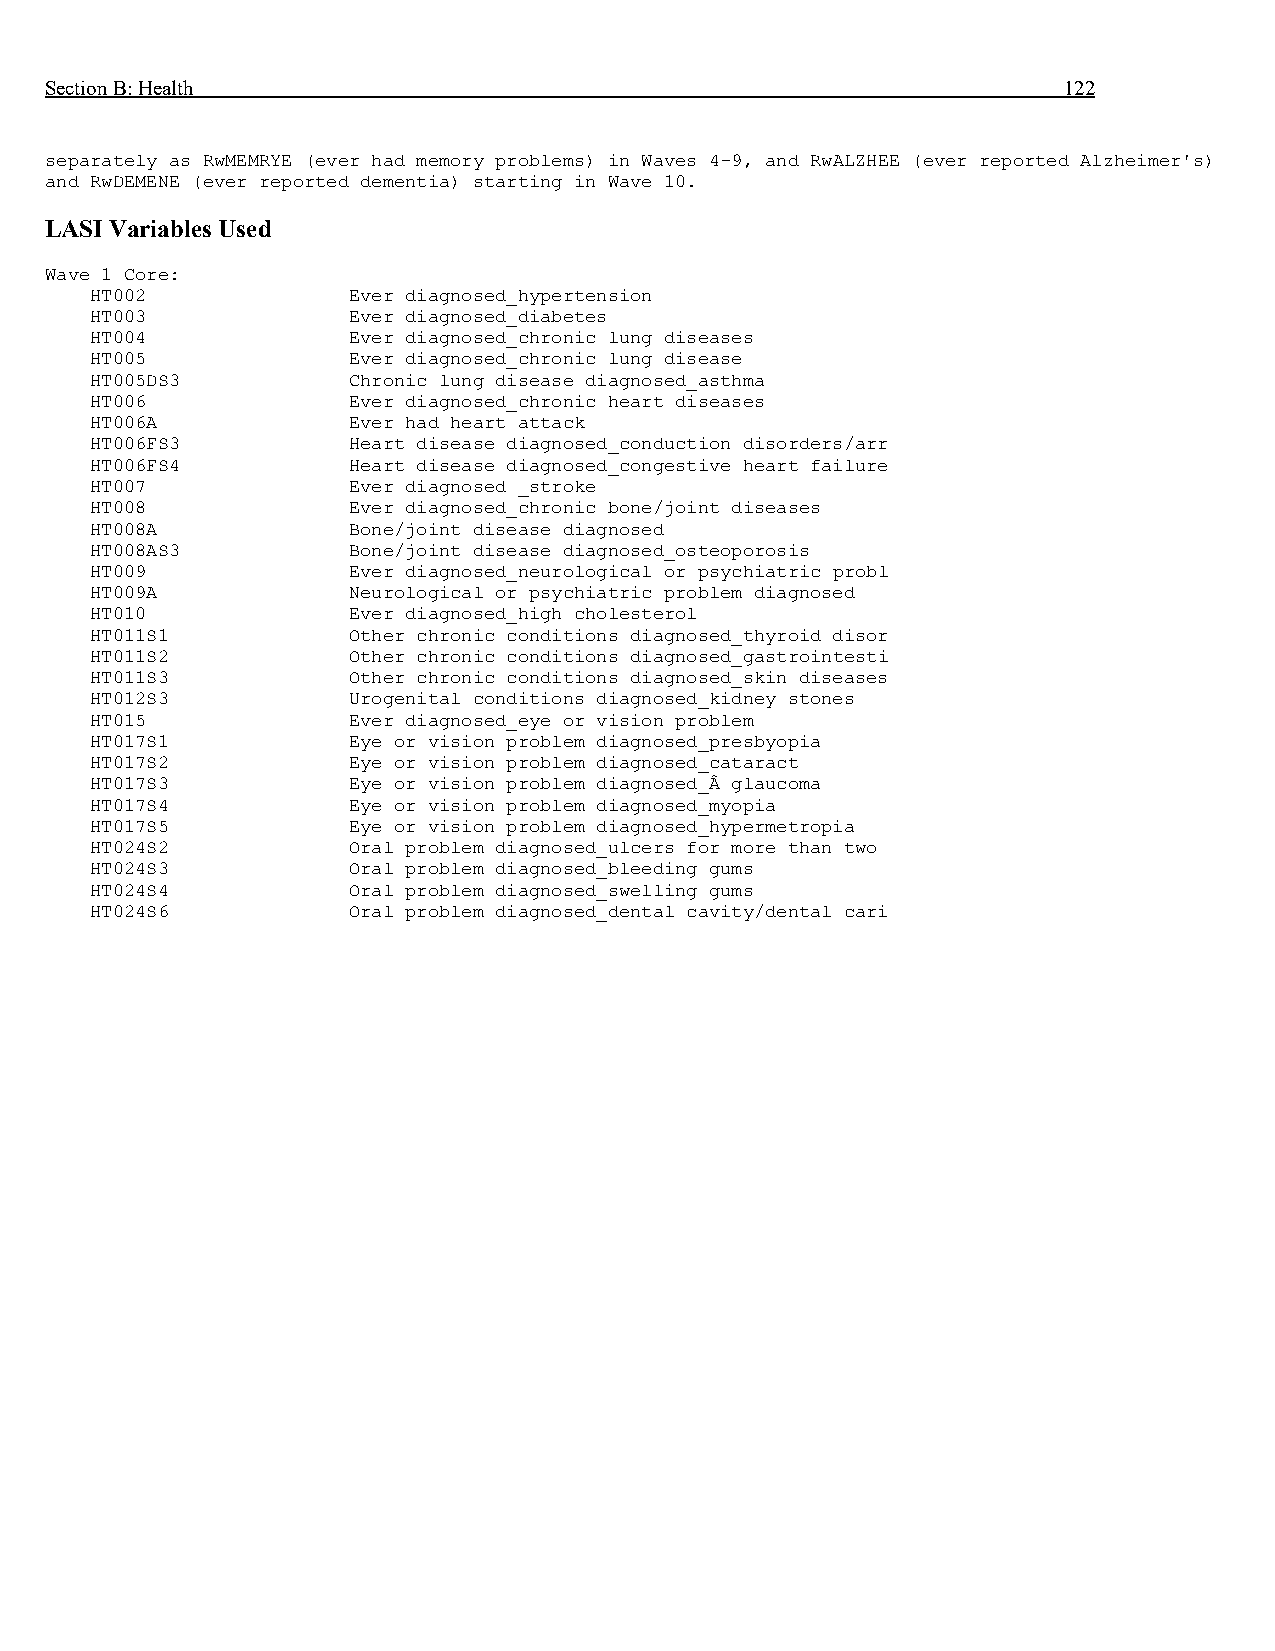
Section B: Health                                                  122
 separately as RwMEMRYE (ever had memory problems) in Waves 4-9, and RwALZHEE (ever reported Alzheimer's)
 and RwDEMENE (ever reported dementia) starting in Wave 10.
 LASI Variables Used
 Wave 1 Core:
 HT002            Ever diagnosed_hypertension
 HT003            Ever diagnosed_diabetes
 HT004            Ever diagnosed_chronic lung diseases
 HT005            Ever diagnosed_chronic lung disease
 HT005DS3         Chronic lung disease diagnosed_asthma
 HT006            Ever diagnosed_chronic heart diseases
 HT006A           Ever had heart attack
 HT006FS3         Heart disease diagnosed_conduction disorders/arr
 HT006FS4         Heart disease diagnosed_congestive heart failure
 HT007            Ever diagnosed _stroke
 HT008            Ever diagnosed_chronic bone/joint diseases
 HT008A           Bone/joint disease diagnosed
 HT008AS3         Bone/joint disease diagnosed_osteoporosis
 HT009            Ever diagnosed_neurological or psychiatric probl
 HT009A           Neurological or psychiatric problem diagnosed
 HT010            Ever diagnosed_high cholesterol
 HT011S1          Other chronic conditions diagnosed_thyroid disor
 HT011S2          Other chronic conditions diagnosed_gastrointesti
 HT011S3          Other chronic conditions diagnosed_skin diseases
 HT012S3          Urogenital conditions diagnosed_kidney stones
 HT015            Ever diagnosed_eye or vision problem
 HT017S1          Eye or vision problem diagnosed_presbyopia
 HT017S2          Eye or vision problem diagnosed_cataract
 HT017S3          Eye or vision problem diagnosed_Â glaucoma
 HT017S4          Eye or vision problem diagnosed_myopia
 HT017S5          Eye or vision problem diagnosed_hypermetropia
 HT024S2          Oral problem diagnosed_ulcers for more than two
 HT024S3          Oral problem diagnosed_bleeding gums
 HT024S4          Oral problem diagnosed_swelling gums
 HT024S6          Oral problem diagnosed_dental cavity/dental cari